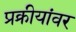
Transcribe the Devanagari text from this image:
प्रक्रीयांवर